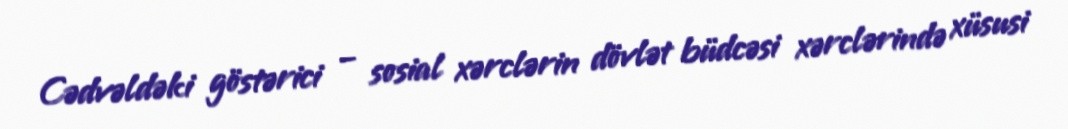
Cədvəldəki göstərici – sosial xərclərin dövlət büdcəsi xərclərində xüsusi